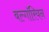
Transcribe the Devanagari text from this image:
बल्गॉरियन